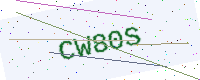
Text: CW80S